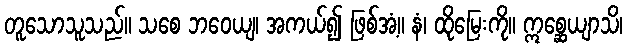
တူသောသူသည်။ သစေ ဘဝေယျ၊ အကယ်၍ ဖြစ်အံ့။ နံ၊ ထိုမြေးကို။ ဣစ္ဆေယျာသိ၊